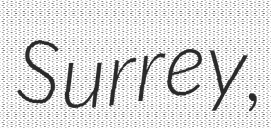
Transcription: Surrey,